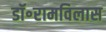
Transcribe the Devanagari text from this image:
डॉ॰रामविलास